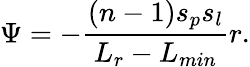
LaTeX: \Psi=-\frac{(n-1)s_{p}s_{l}}{L_{r}-L_{min}}r.